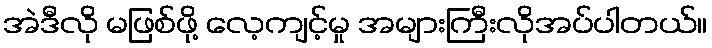
အဲဒီလို မဖြစ်ဖို့ လေ့ကျင့်မှု အများကြီးလိုအပ်ပါတယ်။